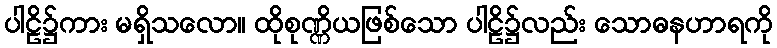
ပါဠိ၌ကား မရှိသလော။ ထိုစုဏ္ဏိယဖြစ်သော ပါဠိ၌လည်း သောဓနဟာရကို